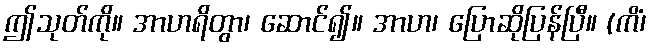
ဤသုတ်ကို။ အာဟရိတွာ၊ ဆောင်၍။ အာဟ၊ ပြောဆိုပြန်ပြီ။ (ကိံ၊